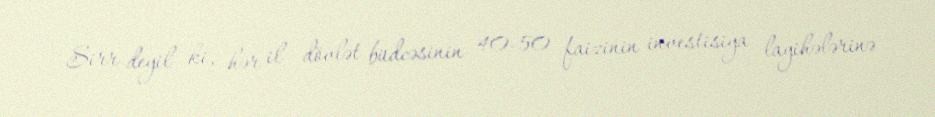
Sirr deyil ki, hər il dövlət büdcəsinin 40-50 faizinin investisiya layihələrinə